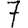
Digit: 7